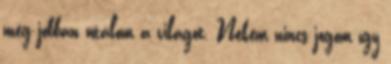
még jobban utálom a világot. Nekem nincs jogom így